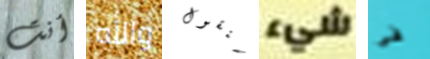
أنت والله سنقول شيء فى